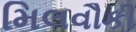
મિલવૌકી